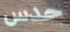
حدس